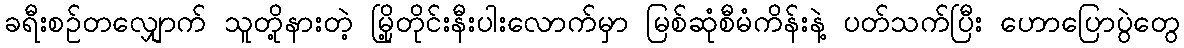
ခရီးစဉ်တလျှောက် သူတို့နားတဲ့ မြို့တိုင်းနီးပါးလောက်မှာ မြစ်ဆုံစီမံကိန်းနဲ့ ပတ်သက်ပြီး ဟောပြောပွဲတွေ